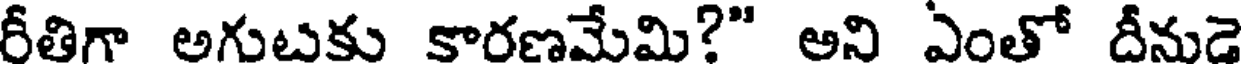
రీతిగా అగుటకు కారణమేమి?" అని ఎంతో దీనుడె